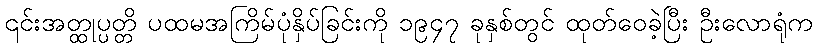
၎င်းအတ္ထုပ္ပတ္တိ ပထမအကြိမ်ပုံနှိပ်ခြင်းကို ၁၉၄၇ ခုနှစ်တွင် ထုတ်ဝေခဲ့ပြီး ဦးလောရုံက